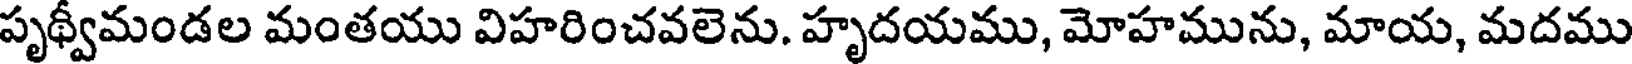
పృథ్వీమండల మంతయు విహరించవలెను. హృదయము, మోహమును, మాయ, మదము